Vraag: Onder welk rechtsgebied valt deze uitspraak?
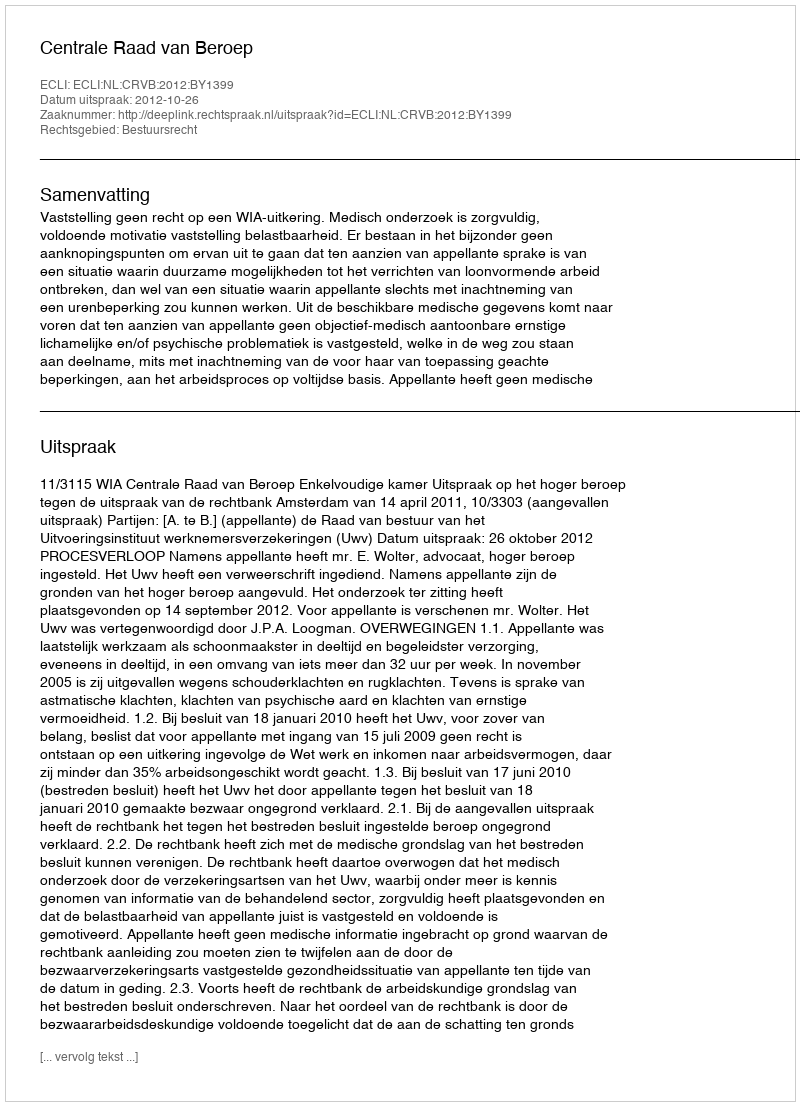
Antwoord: Bestuursrecht